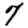
Digit: 7